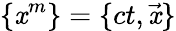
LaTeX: \{ \mathit{x}^{m}\} =\{ ct,{\vec{{\mathit{x}}}}\}